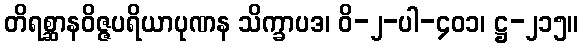
တိရစ္ဆာနဝိဇ္ဇပရိယာပုဏန သိက္ခာပဒ၊ ဝိ-၂-ပါ-၄၀၁၊ ဋ္ဌ-၂၁၅။